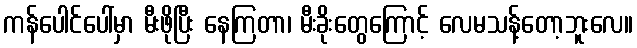
ကန်ပေါင်ပေါ်မှာ မီးဖိုပြီး နေကြတာ၊ မီးခိုးတွေကြောင့် လေမသန့်တော့ဘူးလေ။